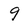
Character: 9